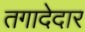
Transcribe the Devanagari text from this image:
तगादेदार